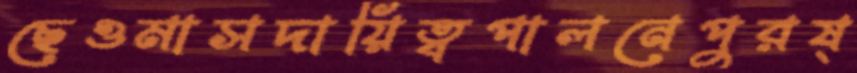
ছেওমাসদায়িত্বপালনেপুরষ্